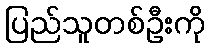
ပြည်သူတစ်ဦးကို